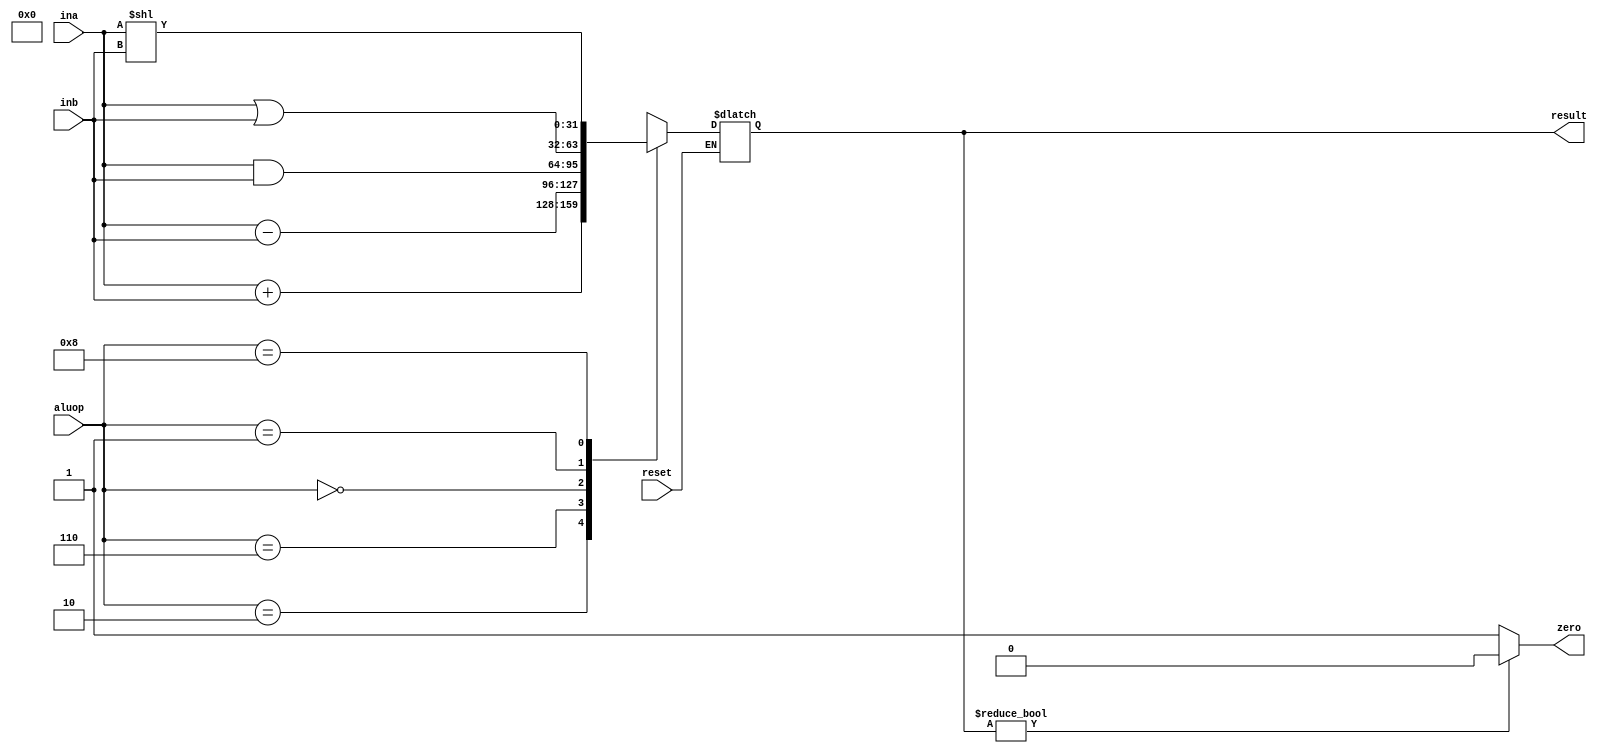
module alu(ina,inb,result,zero,aluop,reset);
	input [31:0] ina,inb;
	output [31:0] result;
	output zero;
	input [3:0] aluop;
	input reset;
	reg [31:0] result;
	parameter	ADD=4'b0010,
			SUB=4'b0110,
			AND=4'b0000,
			OR=4'b0001,
			SLL=4'b1000;
	always@(inb)
	begin
	if(!reset)
	begin
	 casex(aluop)
	  ADD:result<=ina+inb;
	  SUB:result<=ina-inb;
	  AND:result<=ina&inb;
	  OR:result<=ina|inb;
	  SLL:result<=(ina<<inb);
	  default:result<=8'hxxxxxxxx;
	 endcase
	end
	end
	assign zero=(result)?1'b0:1'b1;
endmodule